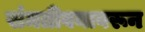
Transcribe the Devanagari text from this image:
संमतीवयावरून